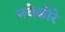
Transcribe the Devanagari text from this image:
नवेकोरे